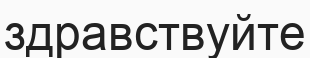
здравствуйте